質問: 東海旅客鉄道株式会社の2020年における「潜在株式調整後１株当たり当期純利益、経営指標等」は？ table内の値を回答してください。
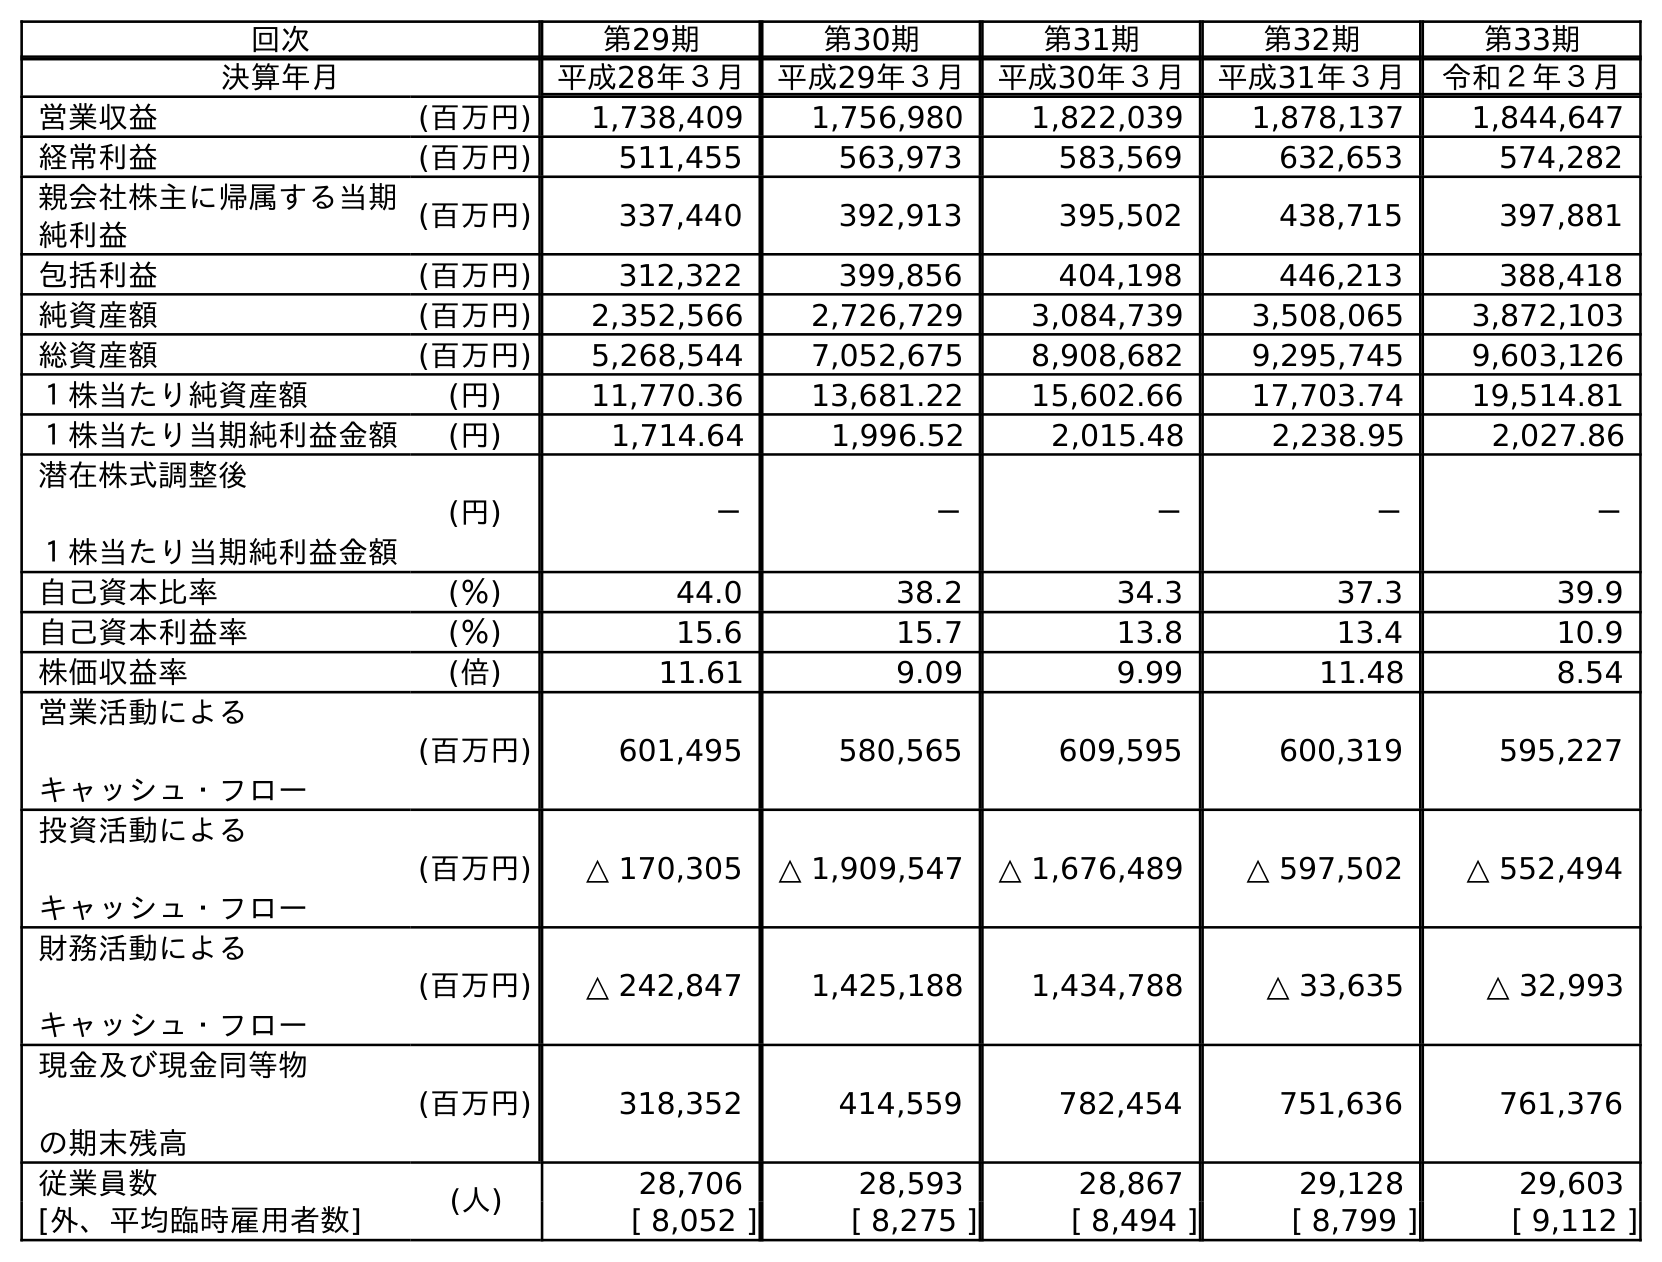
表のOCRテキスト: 回次 第29期 第30期 第31期 第32期 第33期 決算年月 平成28年３月 平成29年３月 平成30年３月 平成31年３月 令和２年３月 営業収益 (百万円) 1,738,409 1,756,980 1,822,039 1,878,137 1,844,647 経常利益 (百万円) 511,455 563,973 583,569 632,653 574,282 親会社株主に帰属する当期 純利益 (百万円) 337,440 392,913 395,502 438,715 397,881 包括利益 (百万円) 312,322 399,856 404,198 446,213 388,418 純資産額 (百万円) 2,352,566 2,726,729 3,084,739 3,508,065 3,872,103 総資産額 (百万円) 5,268,544 7,052,675 8,908,682 9,295,745 9,603,126 １株当たり純資産額 (円) 11,770.36 13,681.22 15,602.66 17,703.74 19,514.81 １株当たり当期純利益金額 (円) 1,714.64 1,996.52 2,015.48 2,238.95 2,027.86 潜在株式調整後 １株当たり当期純利益金額 (円) － － － － － 自己資本比率 (％) 44.0 38.2 34.3 37.3 39.9 自己資本利益率 (％) 15.6 15.7 13.8 13.4 10.9 株価収益率 (倍) 11.61 9.09 9.99 11.48 8.54 営業活動による キャッシュ・フロー (百万円) 601,495 580,565 609,595 600,319 595,227 投資活動による キャッシュ・フロー (百万円) △ 170,305 △ 1,909,547 △ 1,676,489 △ 597,502 △ 552,494 財務活動による キャッシュ・フロー (百万円) △ 242,847 1,425,188 1,434,788 △ 33,635 △ 32,993 現金及び現金同等物 の期末残高 (百万円) 318,352 414,559 782,454 751,636 761,376 従業員数 (人) 28,706 28,593 28,867 29,128 29,603 [外、平均臨時雇用者数] [ 8,052 ] [ 8,275 ] [ 8,494 ] [ 8,799 ] [ 9,112 ]
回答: －